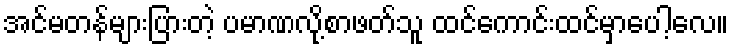
အင်မတန်များပြားတဲ့ ပမာဏလို့စာဖတ်သူ ထင်ကောင်းထင်မှာပေါ့လေ။